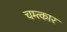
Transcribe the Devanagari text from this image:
चम्त्कार